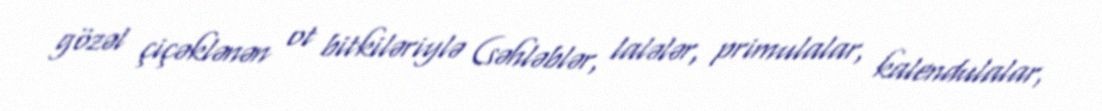
gözəl çiçəklənən ot bitkiləriylə (səhləblər, lalələr, primulalar, kalendulalar,